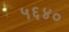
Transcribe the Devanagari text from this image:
५६४०